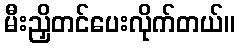
မီးညှိတင်ပေးလိုက်တယ်။